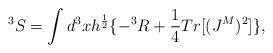
LaTeX: \begin{align*}^3S = \int d^3x h^{\frac {1}{2}}\{ - ^3R + \frac {1}{4}Tr[(J^M)^2]\},\end{align*}